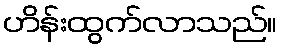
ဟိန်းထွက်လာသည်။